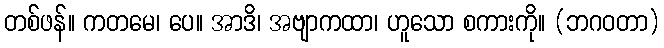
တစ်ဖန်။ ကတမေ၊ ပေ။ အာဒိ၊ အဗျာကထာ၊ ဟူသော စကားကို။ (ဘဂဝတာ)